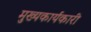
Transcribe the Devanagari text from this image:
मुख्यकार्यकारी